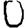
Digit: 0